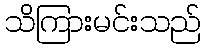
သိကြားမင်းသည်